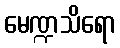
မေဏ္ဍသိရော